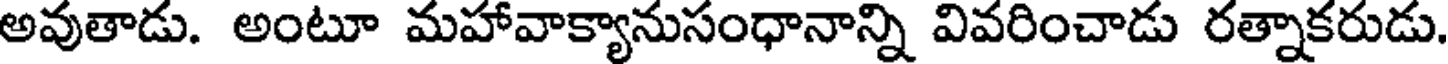
అవుతాడు. అంటూ మహావాక్యానుసంధానాన్ని వివరించాడు రత్నాకరుడు